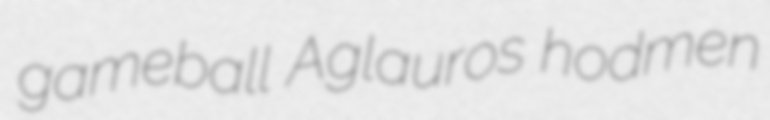
gameball Aglauros hodmen